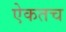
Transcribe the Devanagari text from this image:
ऐकतच